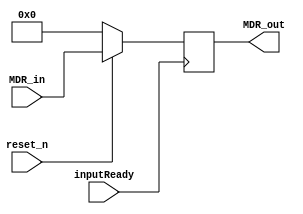
module MDR(
    input inputReady,
    input reset_n,
    input [15 : 0] MDR_in,
    output reg [15 : 0] MDR_out
    );
    
    always @ (posedge inputReady) begin
        if (~reset_n) MDR_out <= 0;
        else MDR_out <= MDR_in;
    end
   
endmodule